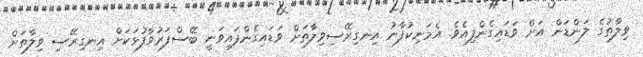
ވިލާތުގެ ލަންޑަން އަށް ވަޑައިގެންފިއެވެ. އެމަނިކުފާނު އިނގިރޭސިވިލާތަށް ވަޑައިގެންފައިވަނީ ބޭސްފަރުވާފުޅަކަށް އިނގިރޭސި ވިލާތަށް